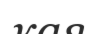
кая